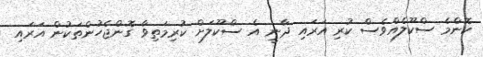
ކޮންމެ ސްކޫލެއްވެސް ކުރި އަރައި ދާނީ އެ ސްކޫލަށް ކުރިމަތިވާ ގޮންޖެހުންތަކުން އަރައި